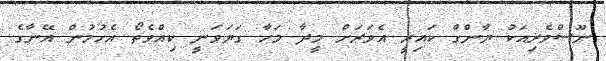
ނޫސްވެރިއަކު ޔާންގް ކައިރީ އެވަރަށް މީދާ މަހާ ގަޔަވަނީ ކިއްވެތޯ އެހުމުން އޭނާގެ